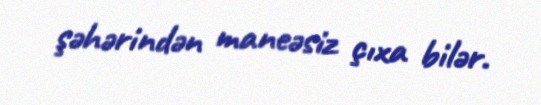
şəhərindən maneəsiz çıxa bilər.